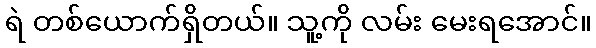
ရဲ တစ်ယောက်ရှိတယ်။ သူ့ကို လမ်း မေးရအောင်။